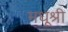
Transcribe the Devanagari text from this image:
मधूश्री